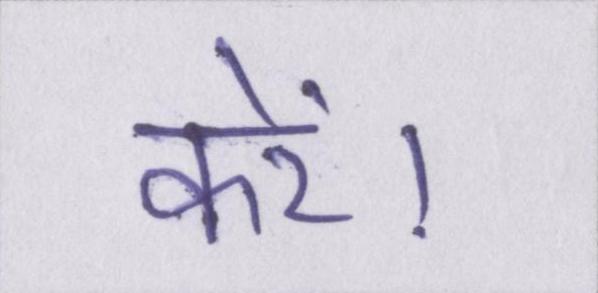
करें।